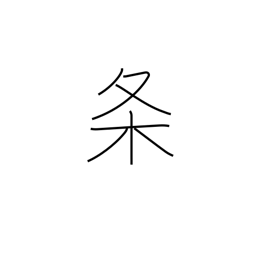
Meaning: clause